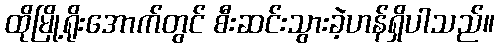
ထိုမြို့ရိုးအောက်တွင် စီးဆင်းသွားခဲ့ဟန်ရှိပါသည်။